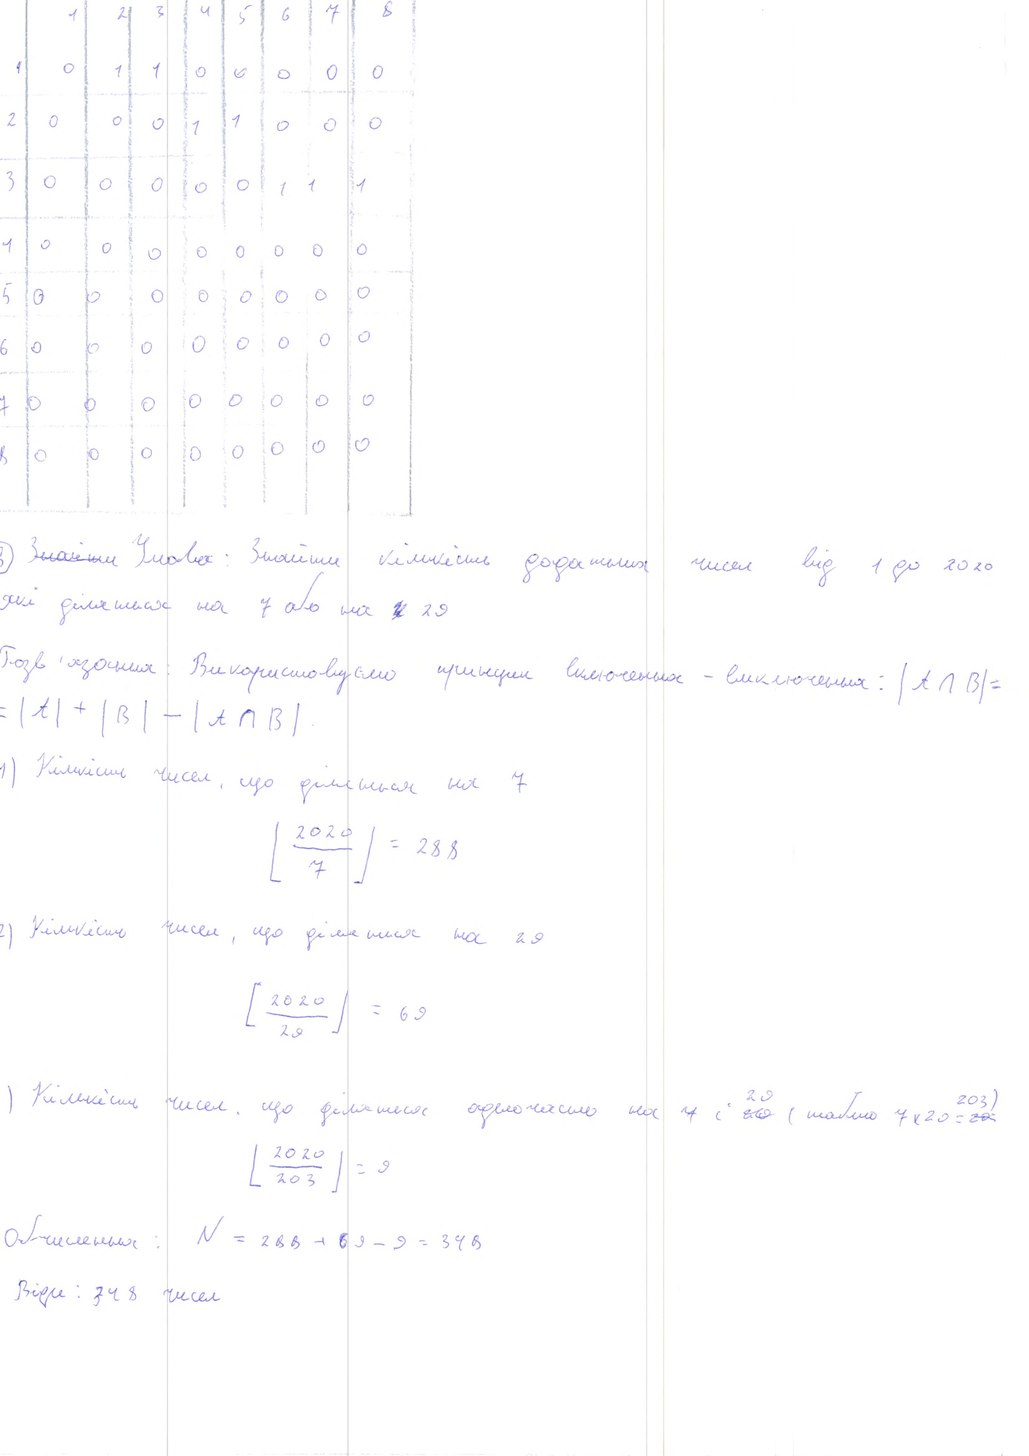
|1|2|3|4|5|6|7|8
1|0|1|1|0
2|0|0|0|1|1|0|0|0
3|0|1|1|1
4|0
5|0
6|0
7|0
8|0
3) ~~Знайти~~Умова: Знайти кількість додатних чисел від 1 до 2020
які діляться на 7 або на ~~[illegible]~~ 29
Розв'язання: Використовуємо принцип включення - виключення: |A ∩ B| =
= |A| + |B| - |A ∩ B|.
1) Кількість чисел, що діляться на 7
\lfloor \frac{2020}{7} \rfloor = 288
2) Кількість чисел, що діляться на 29
\left[ \frac{2020}{29} \right] = 69
1) Кількість чисел, що діляться одночасно на 7 і ~~29~~{29} (тобто 7 * 29 = ~~29~~{203)}
\left[ \frac{2020}{203} \right] = 9
Обчисления: N = 288 + 69 - 9 = 348
Відп: 348 чисел